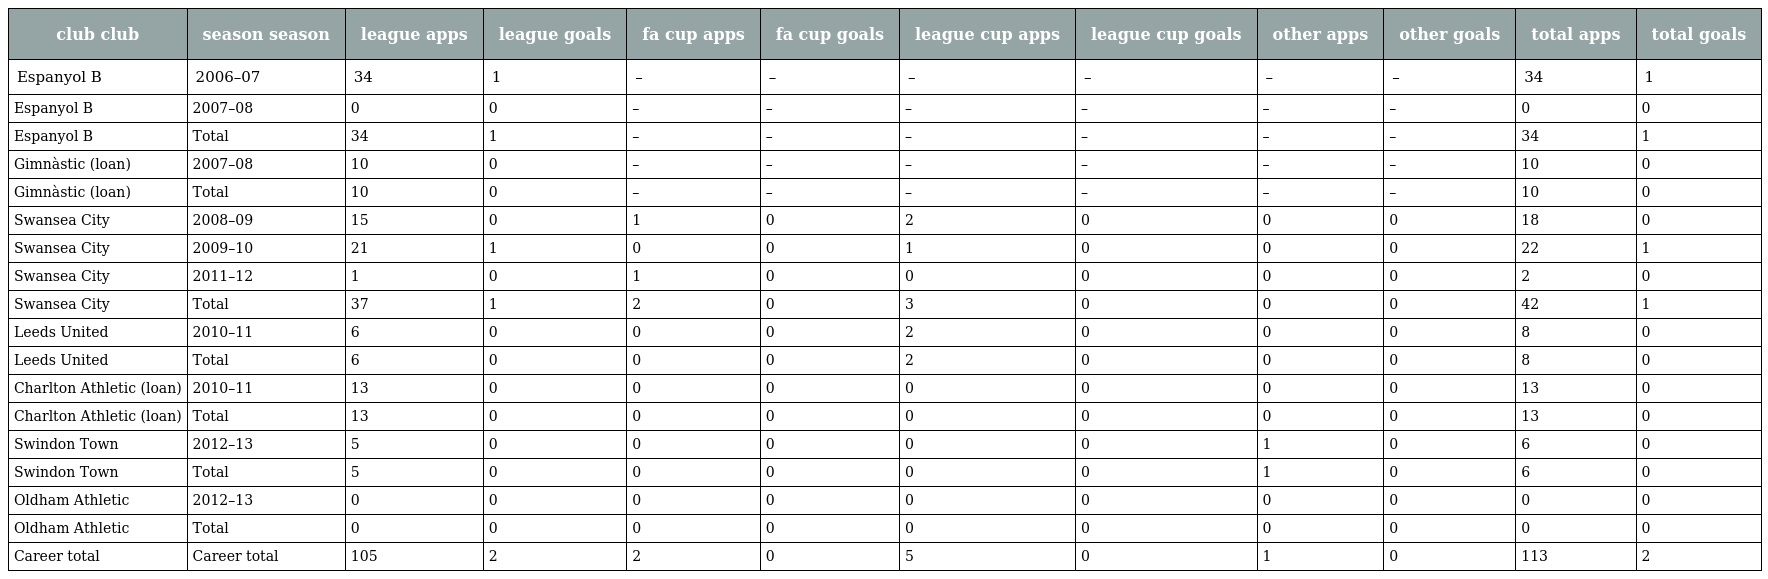
| club club | season season | league apps | league goals | fa cup apps | fa cup goals | league cup apps | league cup goals | other apps | other goals | total apps | total goals |
 | --- | --- | --- | --- | --- | --- | --- | --- | --- | --- | --- | --- |
 | Espanyol B | 2006–07 | 34 | 1 | – | – | – | – | – | – | 34 | 1 |
 | Espanyol B | 2007–08 | 0 | 0 | – | – | – | – | – | – | 0 | 0 |
 | Espanyol B | Total | 34 | 1 | – | – | – | – | – | – | 34 | 1 |
 | Gimnàstic (loan) | 2007–08 | 10 | 0 | – | – | – | – | – | – | 10 | 0 |
 | Gimnàstic (loan) | Total | 10 | 0 | – | – | – | – | – | – | 10 | 0 |
 | Swansea City | 2008–09 | 15 | 0 | 1 | 0 | 2 | 0 | 0 | 0 | 18 | 0 |
 | Swansea City | 2009–10 | 21 | 1 | 0 | 0 | 1 | 0 | 0 | 0 | 22 | 1 |
 | Swansea City | 2011–12 | 1 | 0 | 1 | 0 | 0 | 0 | 0 | 0 | 2 | 0 |
 | Swansea City | Total | 37 | 1 | 2 | 0 | 3 | 0 | 0 | 0 | 42 | 1 |
 | Leeds United | 2010–11 | 6 | 0 | 0 | 0 | 2 | 0 | 0 | 0 | 8 | 0 |
 | Leeds United | Total | 6 | 0 | 0 | 0 | 2 | 0 | 0 | 0 | 8 | 0 |
 | Charlton Athletic (loan) | 2010–11 | 13 | 0 | 0 | 0 | 0 | 0 | 0 | 0 | 13 | 0 |
 | Charlton Athletic (loan) | Total | 13 | 0 | 0 | 0 | 0 | 0 | 0 | 0 | 13 | 0 |
 | Swindon Town | 2012–13 | 5 | 0 | 0 | 0 | 0 | 0 | 1 | 0 | 6 | 0 |
 | Swindon Town | Total | 5 | 0 | 0 | 0 | 0 | 0 | 1 | 0 | 6 | 0 |
 | Oldham Athletic | 2012–13 | 0 | 0 | 0 | 0 | 0 | 0 | 0 | 0 | 0 | 0 |
 | Oldham Athletic | Total | 0 | 0 | 0 | 0 | 0 | 0 | 0 | 0 | 0 | 0 |
 | Career total | Career total | 105 | 2 | 2 | 0 | 5 | 0 | 1 | 0 | 113 | 2 |